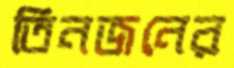
তিনজনের